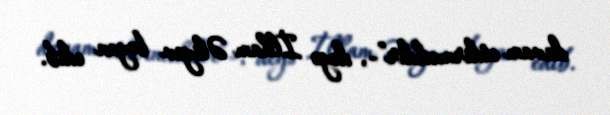
davam etdirməkdir”-, deyə İlham Əliyev bəyan edib.